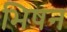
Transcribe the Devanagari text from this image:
भिषन